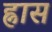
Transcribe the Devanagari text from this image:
ह्नास